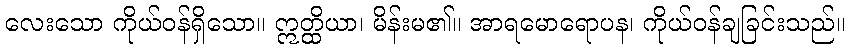
လေးသော ကိုယ်ဝန်ရှိသော။ ဣတ္ထိယာ၊ မိန်းမ၏။ အာရမောရောပန၊ ကိုယ်ဝန်ချခြင်းသည်။